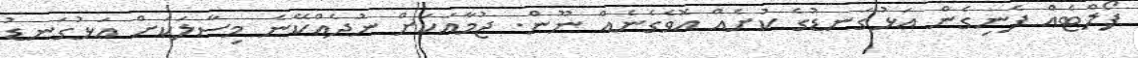
ފޯލްޓެއް ފެނިގެން އަޅުގަނޑުގެ ކުށެއް އޮވެގެނެއް ނޫން. ޖުމާއަކަށް ނުދެއްކޭނެ މިސާލަކަށް އަޅުގަނޑު